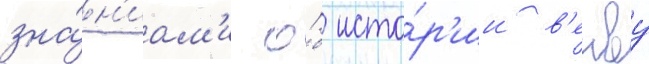
зна́н'иам'и о́б исто́р'ии в'енву